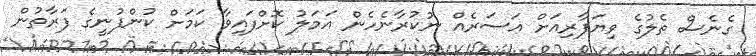
ގެނެސް ތެލުގެ ވިޔަފާރިއަށް އަސަރެއް ނުކުރާނެހެން އަމަލު ކޮށްފައިވާ ކަމަށް ކުންފުނީގެ ފަރާތުން